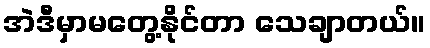
အဲဒီမှာမတွေ့နိုင်တာ သေချာတယ်။